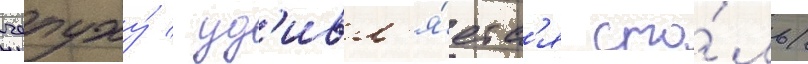
чепуху́ / уд'ивл'я́етс'я сто́ль